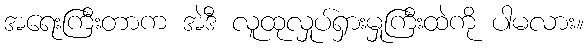
အရေးကြီးတာက အဲဒီ လူထုလှုပ်ရှားမှုကြီးထဲကို ပါမလား။